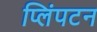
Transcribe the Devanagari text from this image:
प्लिंपटन